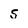
Character: 5